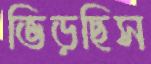
ভিড়ছিস